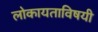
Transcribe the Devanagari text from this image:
लोकायताविषयी